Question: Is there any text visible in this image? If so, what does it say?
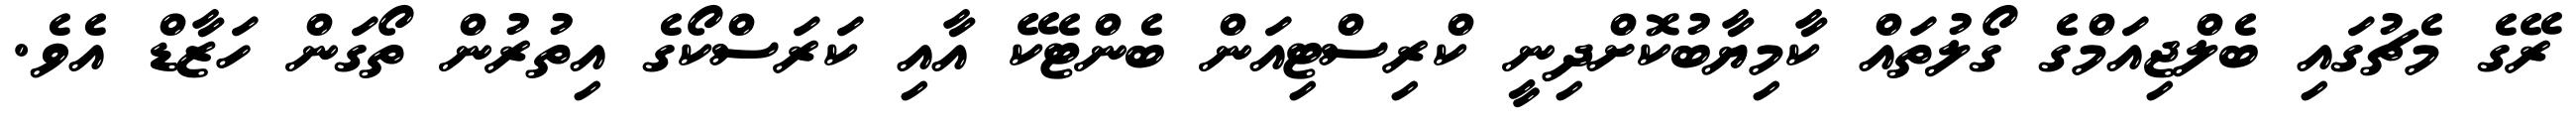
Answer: ރޭގެ މެޗުގައި ބެލްޖިއަމްގެ ގޯލުތައް ކާމިޔާބުކޮށްދިނީ ކްރިސްޓިއަން ބެންޓެކޭ އާއި ކަރަސްކޯގެ އިތުރުން ތޯގަން ހަޒާޑް އެވެ.